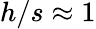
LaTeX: h/s\approx 1